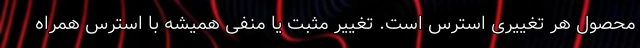
محصول هر تغییری استرس است. تغییر مثبت یا منفی همیشه با استرس همراه